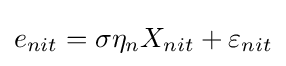
e_{nit}=\sigma \eta _{n}X_{nit}+\varepsilon _{nit}